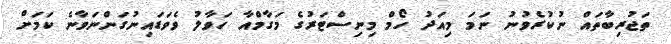
ތަޖުރިބާތައް ނުކުރެވުނު ނަމަ މިއަދު ހޯމް މިނިސްޓަރުގެ މަގާމްއާ ހަވާލު ވެވަޑައިނުގަންނަވާނެ ކަމަށް